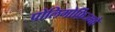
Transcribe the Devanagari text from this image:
पोलिमोर्फ़िज्महै